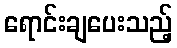
ရောင်းချပေးသည့်